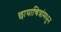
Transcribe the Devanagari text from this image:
छायाचित्रांमधून